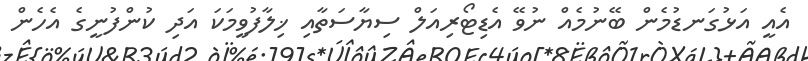
އެއީ އަޅުގަނޑުމެން ބޭނުމެއް ނުވޭ އެޑިޓޯރިއަލް ސިޔާސަތާއި ޚިލާފުވީމަކަ އަދި ކުންފުނީގެ އެހެން